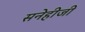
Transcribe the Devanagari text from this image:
सनेहीजी